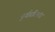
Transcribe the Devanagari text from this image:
पूर्वप्रतिबंध